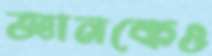
জ্ঞানকেও